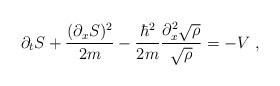
LaTeX: \begin{align*}\partial_{t}S + \frac{(\partial_{x}S)^{2}}{2m} - \frac{\hbar^{2}}{2m}\frac{\partial_{x}^{2}\sqrt{\rho}}{\sqrt{\rho}} = - V \; ,\end{align*}